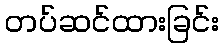
တပ်ဆင်ထားခြင်း